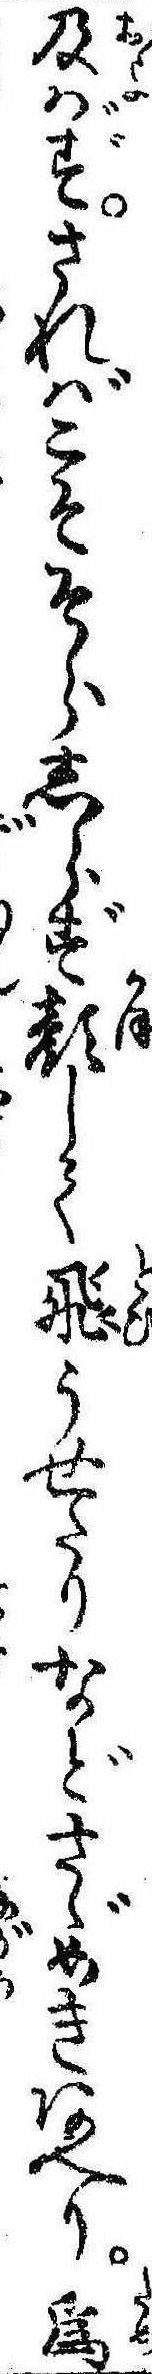
及ばずさればこそそらしらず顔して飛うせたりなどさゞめきあへり為